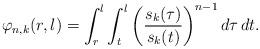
LaTeX: \begin{align*}\varphi_{n,k}(r,l)=\int_r^l\int_t^l\left(\frac{s_k(\tau)}{s_k(t)}\right)^{n-1}d\tau\,dt.\end{align*}